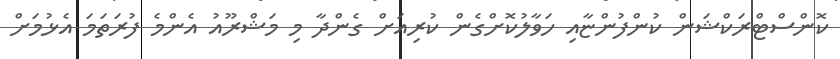
ކޮންސްޓްރަކްޝަން ކުންފުންޏާއި ހަވާލުކޮށްގެން ކުރިއަށް ގެންދާ މި މަޝްރޫއު އެންމެ ފުރަތަމަ އެޅުމަށް